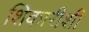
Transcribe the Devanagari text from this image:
शिकारीशी